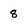
Character: 8